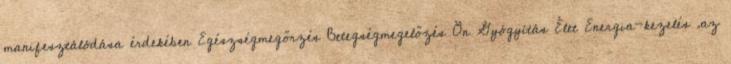
manifesztálódása érdekében Egészségmegőrzés Betegségmegelőzés Ön Gyógyítás Élet Energia-kezelés .az